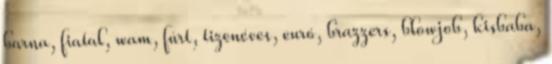
barna, fiatal, wam, fúrt, tizenéves, euró, brazzers, blowjob, kisbaba,